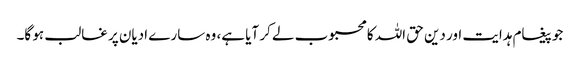
جو پیغام ہدایت اور دین حق اللہ کا محبوب لے کر آیا ہے، وہ سارے ادیان پر غالب ہو گا۔